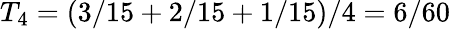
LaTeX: T_{4}=(3/15+2/15+1/15)/4=6/60